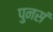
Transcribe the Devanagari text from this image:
पुनसं